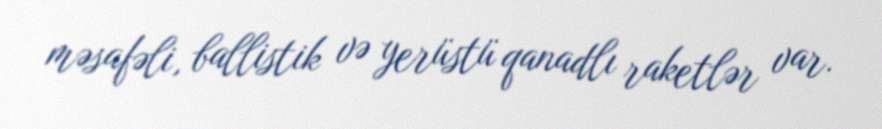
məsafəli, ballistik və yerüstü qanadlı raketlər var.